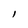
Character: l